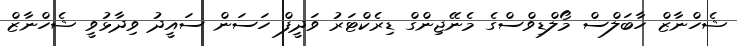
ޝެހްނާޒް ހާބަލްސް މޯލްޑިވްސްގެ މެނޭޖިންގް ޑިރެކްޓަރު ވަދީފް ހަސަން ސައީދު ވިދާޅުވީ ޝެހްނާޒް